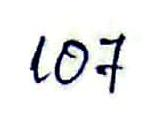
107